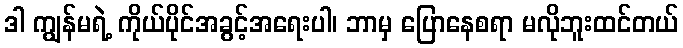
ဒါ ကျွန်မရဲ့ ကိုယ်ပိုင်အခွင့်အရေးပါ၊ ဘာမှ ပြောနေစရာ မလိုဘူးထင်တယ်